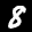
Label: 8